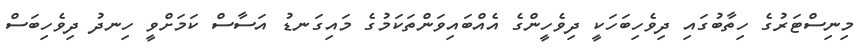
މިނިސްޓަރުގެ ހިތާބުގައި ދިވެހިބަހަކީ ދިވެހީންގެ އެއްބައިވަންތަކަމުގެ މައިގަނޑު އަސާސް ކަމަށްވީ ހިނދު ދިވެހިބަސް